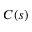
C ( s )